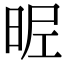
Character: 𣆓